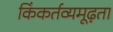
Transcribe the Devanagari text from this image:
किंकर्तव्यमूढ़ता